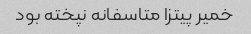
خمیر پیتزا متاسفانه نپخته بود